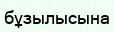
бұзылысына